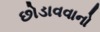
છોડાવવાનો